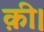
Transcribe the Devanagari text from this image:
क़ी।